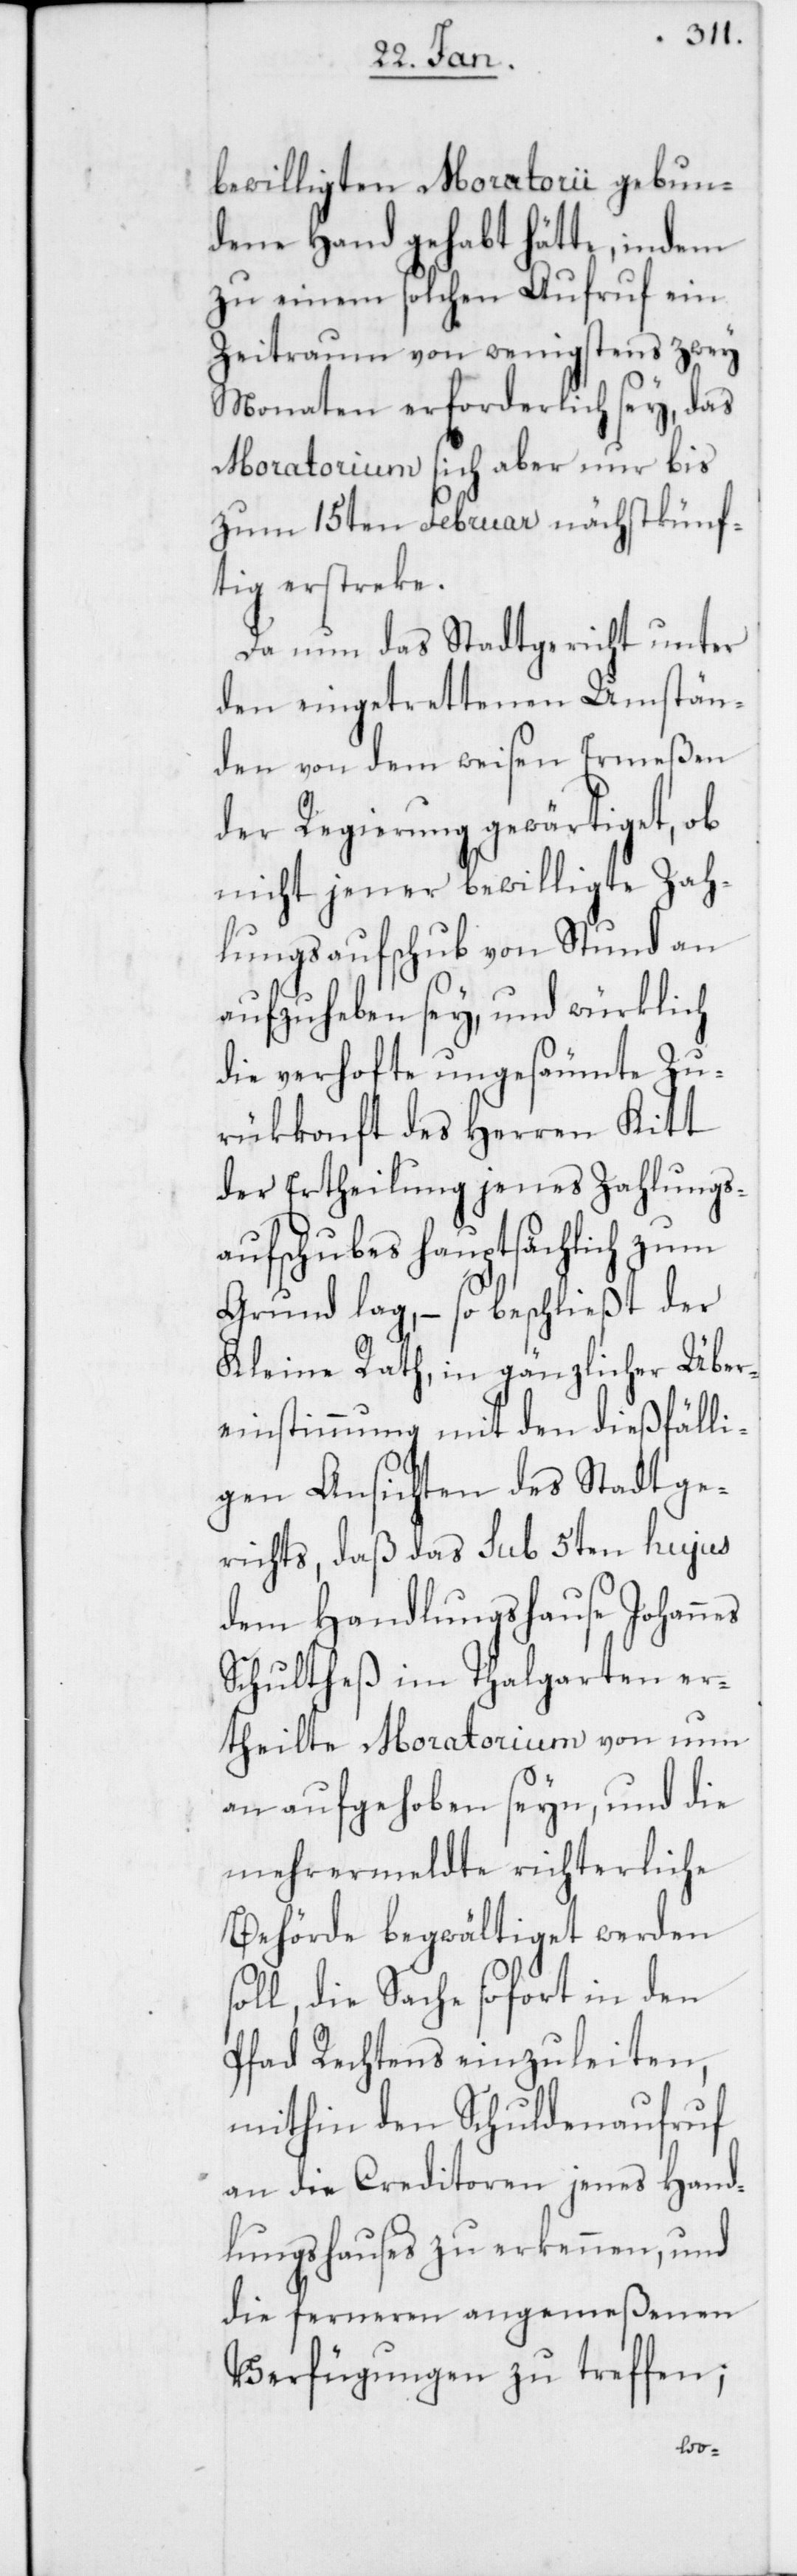
bewilligten Moratorii gebun¬
dene Hand gehabt hätte, indem
zu einem solchen Aufruf ein
Zeitraum von wenigstens zwey
Monaten erforderlich sey, das
Moratorium sich aber nur bis
zum 15ten Februar nächstkünf¬
tig erstreke.
Da nun das Stadtgericht unter
den eingetrettenen Umstän¬
den von dem weisen Ermeßen
der Regierung gewärtiget, ob
nicht jener bewilligte Zah¬
lungsaufschub von Stund an
aufzuheben sey, und würklich
die verhofte ungesäumte Zu¬
rükkonft des Herren Kitt
der Ertheilung jenes Zahlungs¬
aufschubes hauptsächlich zum
Grund lag, – so beschließt der
Kleine Rath, in gänzlicher Über¬
einstimmung mit den dießfälli¬
gen Ansichten des Stadtge¬
richts, daß das sub 5ten hujus
dem Handlungshause Johannes
Schultheß im Thalgarten er¬
theilte Moratorium von nun
an aufgehoben seyn, und die
mehrermeldte richterliche
Behörde begwältiget werden
ll, die Sache sofort in den
Pfad Rechtens einzuleiten,
mithin den Schuldenaufruf
an die Creditoren jenes Hand¬
lungshauses zu erkennen, und
die ferneren angemeßenen
Verfügungen zu treffen;
so¬